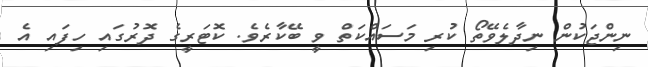
ނިންޖަކުން ނިދާލެވޭތޯ ކުރި މަސައްކަތް ވީ ބޭކާރެވެ. ކޮޓަރީގެ ދޮރުގައި ހިފައި އެ